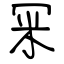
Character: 冞